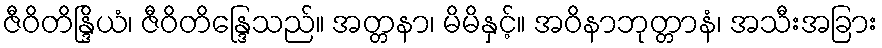
ဇီဝိတိန္ဒြိယံ၊ ဇီဝိတိန္ဒြေသည်။ အတ္တနာ၊ မိမိနှင့်။ အဝိနာဘုတ္တာနံ၊ အသီးအခြား